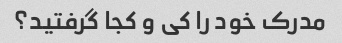
مدرک خود را کی و کجا گرفتید؟